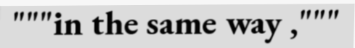
"""in the same way ,"""